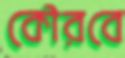
কৌরবে